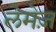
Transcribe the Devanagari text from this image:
लेमेज़